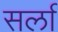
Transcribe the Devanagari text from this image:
सर्ला